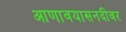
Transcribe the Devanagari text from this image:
आणावयासनदीवर